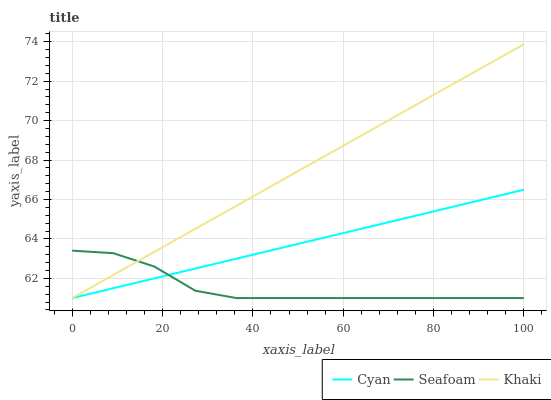
| xaxis_label | Cyan | Seafoam | Khaki |
 | --- | --- | --- | --- |
 | 0 | 61 | 63.4 | 61 |
 | 9.09 | 61.5 | 63.3 | 62.2 |
 | 18.2 | 62 | 62.6 | 63.3 |
 | 27.3 | 62.5 | 61.4 | 64.5 |
 | 36.4 | 63 | 61 | 65.7 |
 | 45.5 | 63.5 | 61 | 66.9 |
 | 54.5 | 64 | 61 | 68 |
 | 63.6 | 64.5 | 61 | 69.2 |
 | 72.7 | 65 | 61 | 70.4 |
 | 81.8 | 65.5 | 61 | 71.5 |
 | 90.9 | 66 | 61 | 72.7 |
 | 100 | 66.5 | 61 | 73.9 |